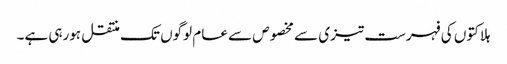
ہلاکتوں کی فہرست تیزی سے مخصوص سے عام لوگوں تک منتقل ہورہی ہے۔